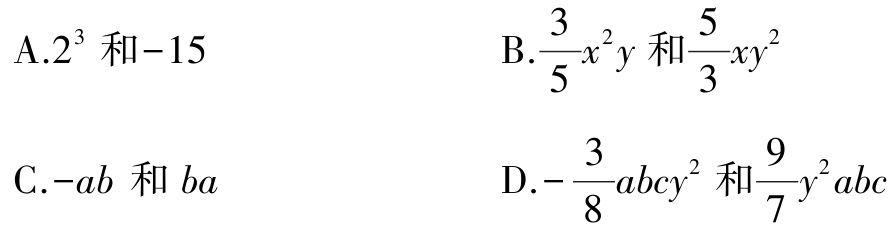
A.$2^{3}$和$-15$

B.$\frac{3}{5}x^{2}y$和$\frac{5}{3}xy^{2}$

C.$-ab$和$ba$

D.$-\frac{3}{8}abcy^{2}$和$\frac{9}{7}y^{2}abc$